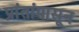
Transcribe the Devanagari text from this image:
प्रांतांपासून